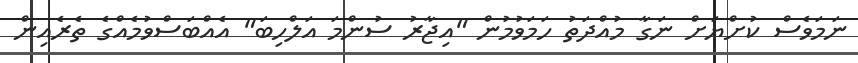
ނަމަވެސް ކުށްޔަށް ނަގާ މުއްދަތު ހަމަވުމުން "އިޖާރު ސުންމަ އަލްހިބަ" އެއްބަސްވުމެއްގެ ތެރެއިން